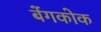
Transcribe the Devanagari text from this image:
बेंगकोक